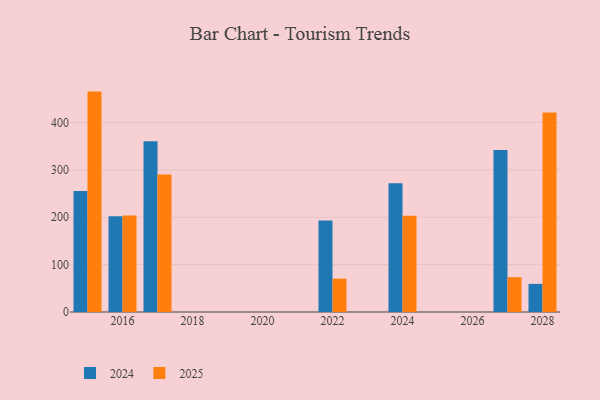
{"axis": {"x": "Year", "y": "Temperature (°C)"}, "legend": ["2024", "2025"], "data": [{"x": "2017", "y": 360.5, "type": "2024"}, {"x": "2017", "y": 290.3, "type": "2025"}, {"x": "2028", "y": 59.4, "type": "2024"}, {"x": "2028", "y": 421.3, "type": "2025"}, {"x": "2022", "y": 193.0, "type": "2024"}, {"x": "2022", "y": 70.4, "type": "2025"}, {"x": "2024", "y": 272.0, "type": "2024"}, {"x": "2024", "y": 203.2, "type": "2025"}, {"x": "2027", "y": 342.0, "type": "2024"}, {"x": "2027", "y": 73.6, "type": "2025"}, {"x": "2015", "y": 255.5, "type": "2024"}, {"x": "2015", "y": 465.4, "type": "2025"}, {"x": "2016", "y": 202.1, "type": "2024"}, {"x": "2016", "y": 203.8, "type": "2025"}]}